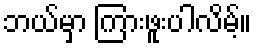
ဘယ်မှာ ကြားဖူးပါလိမ့်။